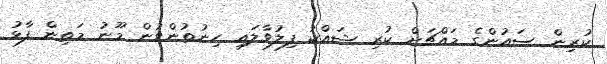
ކުރިން ސައުންގެ މައްޗަށް ކުރި ޝައްކު ފިލުވާލައި ހިނުތުންވުން މޫނު މަތިން ފާޅު